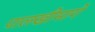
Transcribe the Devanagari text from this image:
पालखीमागे